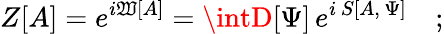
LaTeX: Z[A]=e^{i\mathfrak{W}[A]}=\intD[\Psi]\, e^{i\, S[A,\, \Psi]}\quad;